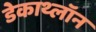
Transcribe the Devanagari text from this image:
डेकाथ्लॉन